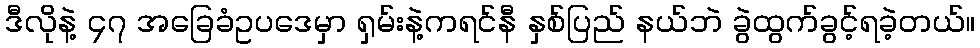
ဒီလိုနဲ့ ၄၇ အခြေခံဥပဒေမှာ ရှမ်းနဲ့ကရင်နီ နှစ်ပြည် နယ်ဘဲ ခွဲထွက်ခွင့်ရခဲ့တယ်။